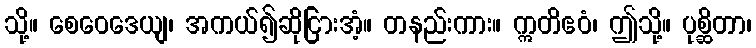
သို့။ စေဝေဒေယျ၊ အကယ်၍ဆိုငြားအံ့။ တနည်းကား။ ဣတိဧဝံ၊ ဤသို့။ ပုစ္ဆိတာ၊